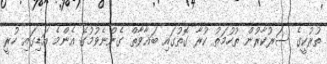
ތުރުކީގެ ސަރުކާރުން ތުހުމަތު ކުރާ ގޮތުގައި ބަޣާވާތް ގެންނެވުމުގެ އެންމެ އަޑިގައި ހުރީ